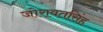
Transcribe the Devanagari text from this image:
जोरावतसिंह